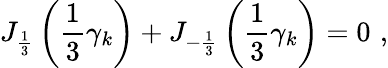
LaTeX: J_{\frac{1}{3}}\left(\frac{1}{3}\gamma_{k}\right)+J_{-\frac{1}{3}}\left(\frac{1}{3}\gamma_{k}\right)=0\, \, ,